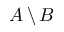
A \, \backslash \, B